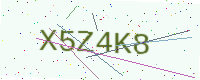
Text: X5Z4K8